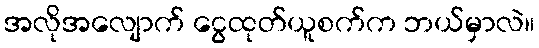
အလိုအလျောက် ငွေထုတ်ယူစက်က ဘယ်မှာလဲ။